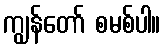
ကျွန်တော် စမစ်ပါ။